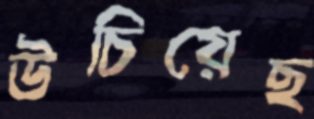
উচিয়েছ